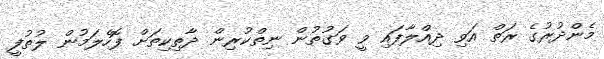
މެންދުރުގެ ރަތް އަވި ދިއްލާފައި ވީ ވަގުތުން ނިތްކުރިން ދާތިކިތަށް ފޮހެލަމުން ލުތުފީ